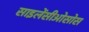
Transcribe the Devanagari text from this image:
साइलेंसीओसोस